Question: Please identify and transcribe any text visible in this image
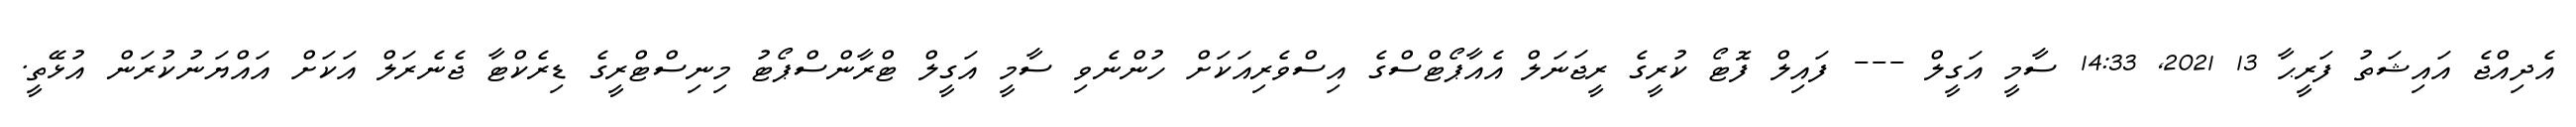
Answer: އެދިއްޖެ އައިޝަތު ފަރީޙާ 13 2021, 14:33 ސާމީ އަގީލް --- ފައިލް ފޮޓޯ ކުރީގެ ރީޖަނަލް އެއާޕޯޓްސްގެ އިސްވެރިއަކަށް ހުންނެވި ސާމީ އަގީލް ޓްރާންސްޕޯޓު މިނިސްޓްރީގެ ޑިރެކްޓާ ޖެނެރަލް އަކަށް އައްޔަނުކުރަން އުޅޭތީ.